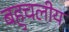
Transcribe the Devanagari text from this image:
बहुचलीय